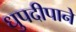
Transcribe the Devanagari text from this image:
धुपदीपाने